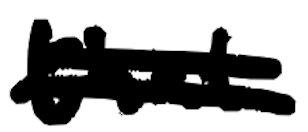
Text: that
Cross-out: double-line
Writing tool: digital_black